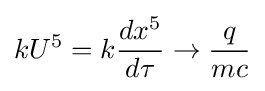
kU^{5}=k{\frac {dx^{5}}{d\tau }}\to {\frac {q}{mc}}